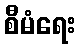
စီမံရေး